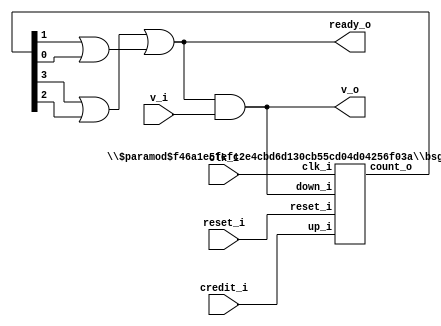
// This program was cloned from: https://github.com/chipsalliance/UHDM-integration-tests
// License: Apache License 2.0

/* Generated by Yosys 0.27+9 (git sha1 101d19bb6, gcc 11.2.0-7ubuntu2 -fPIC -Os) */


module \$paramod$f46a1e5fefc2e4cbd6d130cb55cd04d04256f03a\bsg_counter_up_down_variable (clk_i, reset_i, up_i, down_i, count_o);
  wire _00_;
  wire _01_;
  wire _02_;
  wire _03_;
  wire _04_;
  wire _05_;
  wire _06_;
  wire _07_;
  wire _08_;
  wire _09_;
  wire _10_;
  wire _11_;
  wire _12_;
  (* force_downto = 32'd1 *)
  
  (* unused_bits = "1 2 3" *)
  wire [3:0] _13_;
  (* force_downto = 32'd1 *)
  
  wire [3:0] _14_;
  
  input clk_i;
  wire clk_i;
  
  output [3:0] count_o;
  reg [3:0] count_o;
  
  input down_i;
  wire down_i;
  
  input reset_i;
  wire reset_i;
  
  input up_i;
  wire up_i;
  assign _00_ = down_i & ~(up_i);
  assign _01_ = _00_ ^ count_o[1];
  assign _02_ = ~count_o[0];
  assign _03_ = ~(down_i ^ up_i);
  assign _04_ = _03_ | _02_;
  assign _14_[1] = ~(_04_ ^ _01_);
  assign _05_ = ~(count_o[2] ^ count_o[1]);
  assign _06_ = _00_ | count_o[1];
  assign _07_ = _01_ & ~(_04_);
  assign _08_ = _06_ & ~(_07_);
  assign _14_[2] = ~(_08_ ^ _05_);
  assign _09_ = count_o[2] ^ count_o[3];
  assign _10_ = count_o[2] | ~(count_o[1]);
  assign _11_ = _05_ & ~(_08_);
  assign _12_ = _10_ & ~(_11_);
  assign _14_[3] = _12_ ^ _09_;
  assign _13_[0] = _03_ ^ _02_;
  (* \always_ff  = 32'd1 *)
  
  always @(posedge clk_i)
    if (reset_i) count_o[0] <= 1'h0;
    else count_o[0] <= _13_[0];
  (* \always_ff  = 32'd1 *)
  
  always @(posedge clk_i)
    if (reset_i) count_o[1] <= 1'h0;
    else count_o[1] <= _14_[1];
  (* \always_ff  = 32'd1 *)
  
  always @(posedge clk_i)
    if (reset_i) count_o[2] <= 1'h0;
    else count_o[2] <= _14_[2];
  (* \always_ff  = 32'd1 *)
  
  always @(posedge clk_i)
    if (reset_i) count_o[3] <= 1'h0;
    else count_o[3] <= _14_[3];
  assign _14_[0] = _13_[0];
endmodule

(* top =  1  *)

module bsg_ready_to_credit_flow_converter(clk_i, reset_i, v_i, ready_o, v_o, credit_i);
  wire _0_;
  wire _1_;
  
  input clk_i;
  wire clk_i;
  
  wire [3:0] credit_cnt;
  
  input credit_i;
  wire credit_i;
  
  wire down;
  
  output ready_o;
  wire ready_o;
  
  input reset_i;
  wire reset_i;
  
  wire up;
  
  input v_i;
  wire v_i;
  
  output v_o;
  wire v_o;
  assign _0_ = ~(credit_cnt[1] | credit_cnt[0]);
  assign _1_ = credit_cnt[3] | credit_cnt[2];
  assign ready_o = _1_ | ~(_0_);
  assign down = ready_o & v_i;
  (* module_not_derived = 32'd1 *)
  
  \$paramod$f46a1e5fefc2e4cbd6d130cb55cd04d04256f03a\bsg_counter_up_down_variable  credit_counter (
    .clk_i(clk_i),
    .count_o(credit_cnt),
    .down_i(down),
    .reset_i(reset_i),
    .up_i(credit_i)
  );
  assign up = credit_i;
  assign v_o = down;
endmodule